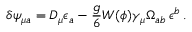
\delta \psi _ { \mu a } = D _ { \mu } \epsilon _ { a } - \frac { g } { 6 } W ( \phi ) \gamma _ { \mu } \Omega _ { a b } \, \epsilon ^ { b } \, .